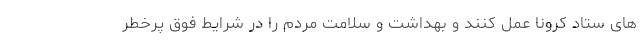
های ستاد کرونا عمل کنند و بهداشت و سلامت مردم را در شرایط فوق پرخطر